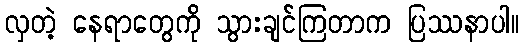
လှတဲ့ နေရာတွေကို သွားချင်ကြတာက ပြဿနာပါ။